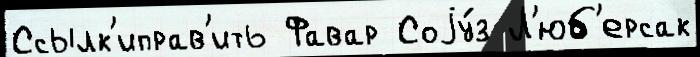
Ссылк'иправ'ить Фавар Соjу́з Л'юб'ерсак